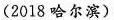
(2018哈尔滨)